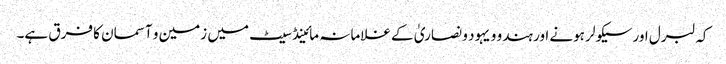
کہ لبرل اور سیکولر ہونے اور ہندو و یہود و نصاریٰ کے غلامانہ مائینڈ سیٹ میں زمین و آسمان کا فرق ہے۔